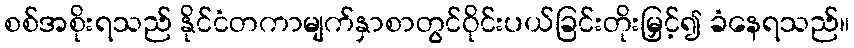
စစ်အစိုးရသည် နိုင်ငံတကာမျက်နှာစာတွင်ဝိုင်းပယ်ခြင်းတိုးမြှင့်၍ ခံနေရသည်။